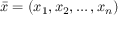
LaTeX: { \bar { x } } = ( x _ { 1 } , x _ { 2 } , \ldots , x _ { n } )